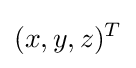
(x,y,z)^{T}